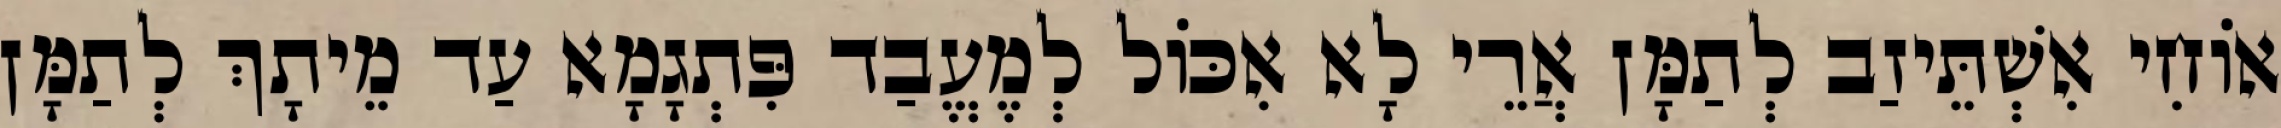
אוֹחִי אִשְׁתֵּיזַב לְתַמָּן אֲרֵי לָא אִכּוֹל לְמֶעֱבַד פִּתְגָמָא עַד מֵיתָךְ לְתַמָּן